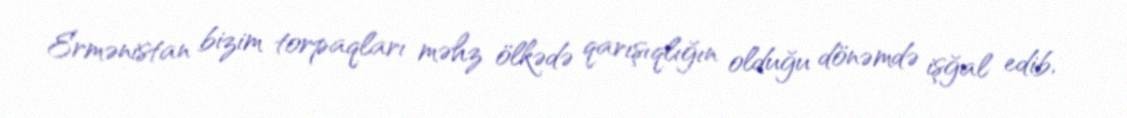
Ermənistan bizim torpaqları məhz ölkədə qarışıqlığın olduğu dönəmdə işğal edib,